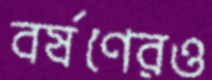
বর্ষণেরও